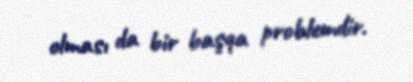
olması da bir başqa problemdir.